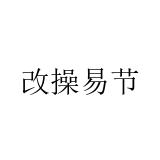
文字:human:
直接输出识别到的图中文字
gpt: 改操易节